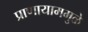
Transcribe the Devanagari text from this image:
प्राणायाममुळे